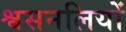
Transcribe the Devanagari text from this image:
श्वसनलियों